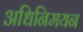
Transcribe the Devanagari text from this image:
अधिनिमयन